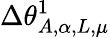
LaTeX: \Delta\theta_{A,\alpha,L,\mu}^{1}